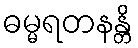
ဓမ္မရတနန္တိ